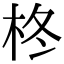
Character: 柊